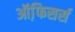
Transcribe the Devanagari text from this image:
ऑफि़सर्स